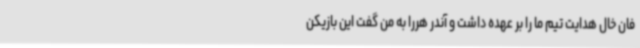
فان خال هدایت تیم ما را بر عهده داشت و آندر هررا به من گفت این بازیکن